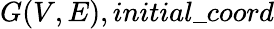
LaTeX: G(V,E),initial\textunderscore coord